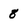
Character: 8